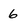
Character: 6